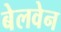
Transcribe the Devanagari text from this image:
बेलवेन